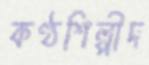
কণ্ঠশিল্পীদ